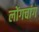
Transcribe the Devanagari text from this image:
लोंगचांग